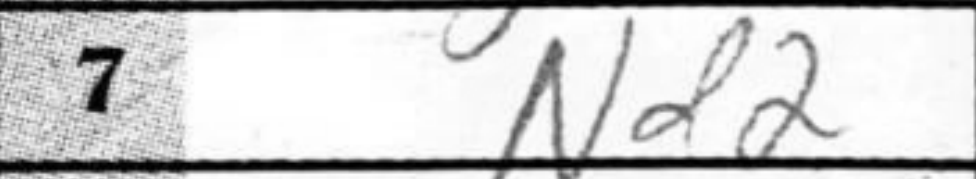
Transcription: Nd2